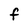
Character: f